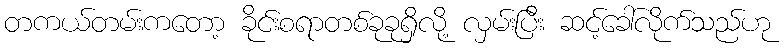
တကယ်တမ်းကတော့ ခိုင်းစရာတစ်ခုခုရှိလို့ လှမ်းပြီး ဆင့်ခေါ်လိုက်သည်ဟု